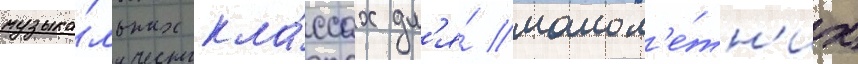
музыка́льных кла́ссах дл'я́ малол'е́тн'их